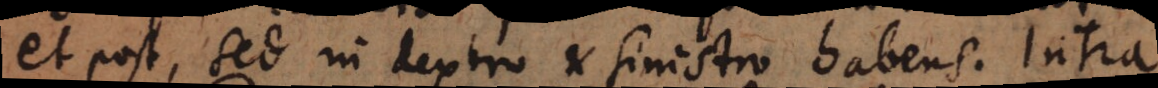
et post, sed in dextro et sinistro habens. Intra